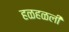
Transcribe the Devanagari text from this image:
हळहळली